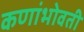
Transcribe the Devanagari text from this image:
कणांभोवती